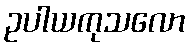
ဥပါယကုသလော